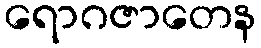
ရောဂဇာတေန